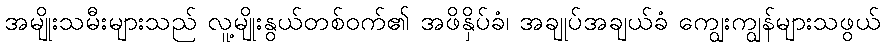
အမျိုးသမီးများသည် လူ့မျိုးနွယ်တစ်ဝက်၏ အဖိနှိပ်ခံ၊ အချုပ်အချယ်ခံ ကျွေးကျွန်များသဖွယ်